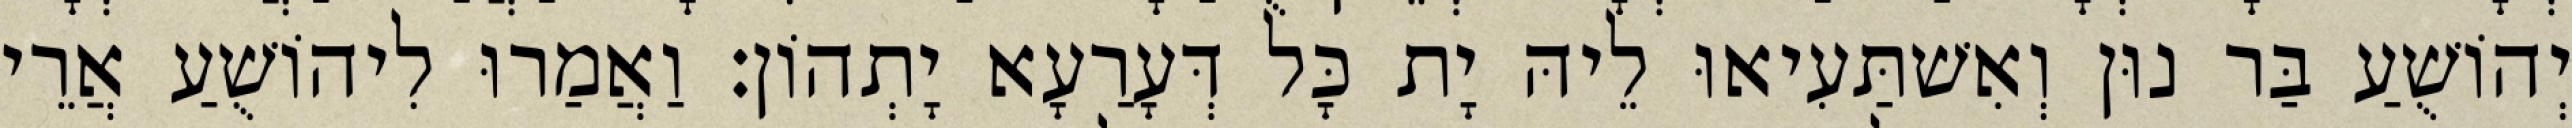
יְהוֹשֻׁעַ בַּר נוּן וְאִשׁתַּעִיאוּ לֵיהּ יָת כָּל דְּעָרַעָא יָתְהוֹן׃ וַאֲמַרוּ לִיהוֹשֻׁעַ אֲרֵי